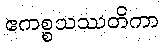
ဧကစ္စသဿတိကာ